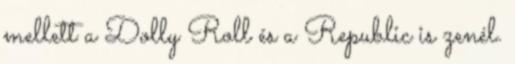
mellett a Dolly Roll és a Republic is zenél.